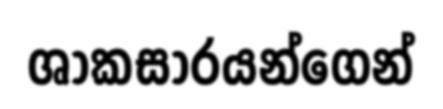
ශාකසාරයන්ගෙන්